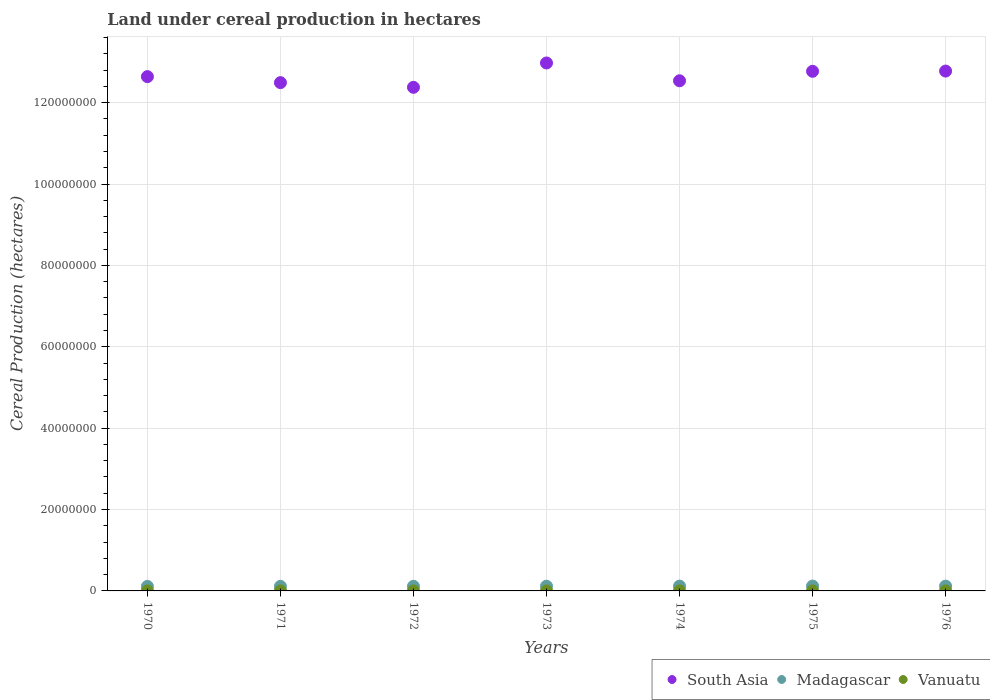
| Years | South Asia | Madagascar | Vanuatu |
 | --- | --- | --- | --- |
 | 1970 | 1.26e+08 | 1.11e+06 | 850 |
 | 1971 | 1.25e+08 | 1.12e+06 | 900 |
 | 1972 | 1.24e+08 | 1.13e+06 | 950 |
 | 1973 | 1.3e+08 | 1.16e+06 | 1e+03 |
 | 1974 | 1.25e+08 | 1.18e+06 | 1e+03 |
 | 1975 | 1.28e+08 | 1.19e+06 | 1.1e+03 |
 | 1976 | 1.28e+08 | 1.18e+06 | 1.2e+03 |